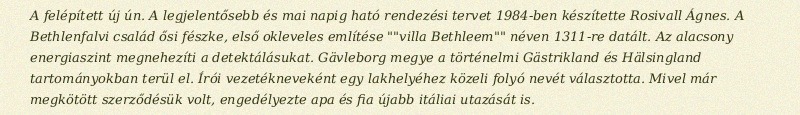
A felépített új ún. A legjelentősebb és mai napig ható rendezési tervet 1984-ben készítette Rosivall Ágnes. A Bethlenfalvi család ősi fészke, első okleveles említése ""villa Bethleem"" néven 1311-re datált. Az alacsony energiaszint megnehezíti a detektálásukat. Gävleborg megye a történelmi Gästrikland és Hälsingland tartományokban terül el. Írói vezetékneveként egy lakhelyéhez közeli folyó nevét választotta. Mivel már megkötött szerződésük volt, engedélyezte apa és fia újabb itáliai utazását is.